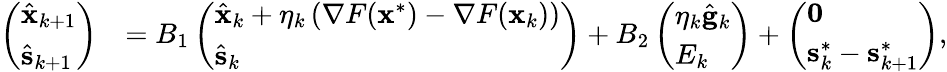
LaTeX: \begin{array}{rl}{\left(\begin{array}{l}{\hat{\mathbf{x}}_{k+1}}\\ {\hat{\mathbf{s}}_{k+1}}\end{array}\right)}&{=B_{1}\left(\begin{array}{l}{\hat{\mathbf{x}}_{k}+\eta_{k}\left(\nabla F(\mathbf{x}^{*})-\nabla F(\mathbf{x}_{k})\right)}\\ {\hat{\mathbf{s}}_{k}}\end{array}\right)+B_{2}\left(\begin{array}{l}{\eta_{k}\hat{\mathbf{g}}_{k}}\\ {E_{k}}\end{array}\right)+\left(\begin{array}{l}{\mathbf{0}}\\ {\mathbf{s}_{k}^{*}-\mathbf{s}_{k+1}^{*}}\end{array}\right),}\end{array}